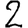
Digit: 2